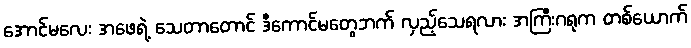
အောင်မလေး အဖေရဲ့ သေတာတောင် ဒီကောင်မတွေဘက် လှည့်သေရလား အကြီးဂရုက တစ်ယောက်